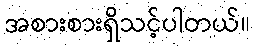
အစားစားရှိသင့်ပါတယ်။